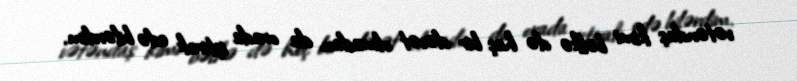
vətəndaş kimi bəlkə də heç bir dəvət olmadan da orada iştirak edə bilərdim.